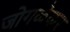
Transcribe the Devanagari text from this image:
जोगळ॓कर